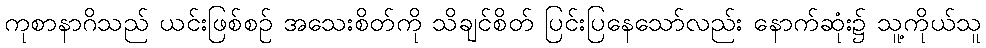
ကုစာနာဂိသည် ယင်းဖြစ်စဉ် အသေးစိတ်ကို သိချင်စိတ် ပြင်းပြနေသော်လည်း နောက်ဆုံး၌ သူ့ကိုယ်သူ